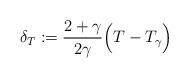
LaTeX: \begin{align*} \delta_T:= {2+\gamma\over 2\gamma} \Bigl( T- T_\gamma\Bigr)\end{align*}